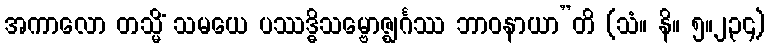
အကာလော တသ္မိံ သမယေ ပဿဒ္ဓိသမ္ဗောဇ္ဈင်္ဂဿ ဘာဝနာယာ”တိ (သံ။ နိ။ ၅။၂၃၄)